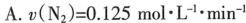
A.$$v ( N _ { 2 } ) = 0 . 1 2 5 m o l \cdot L ^ { - 1 } \cdot m i n ^ { - 1 }$$